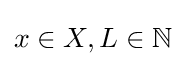
{\textstyle x\in X,L\in \mathbb {N} }